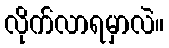
လိုက်လာရမှာလဲ။